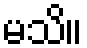
မသိ။